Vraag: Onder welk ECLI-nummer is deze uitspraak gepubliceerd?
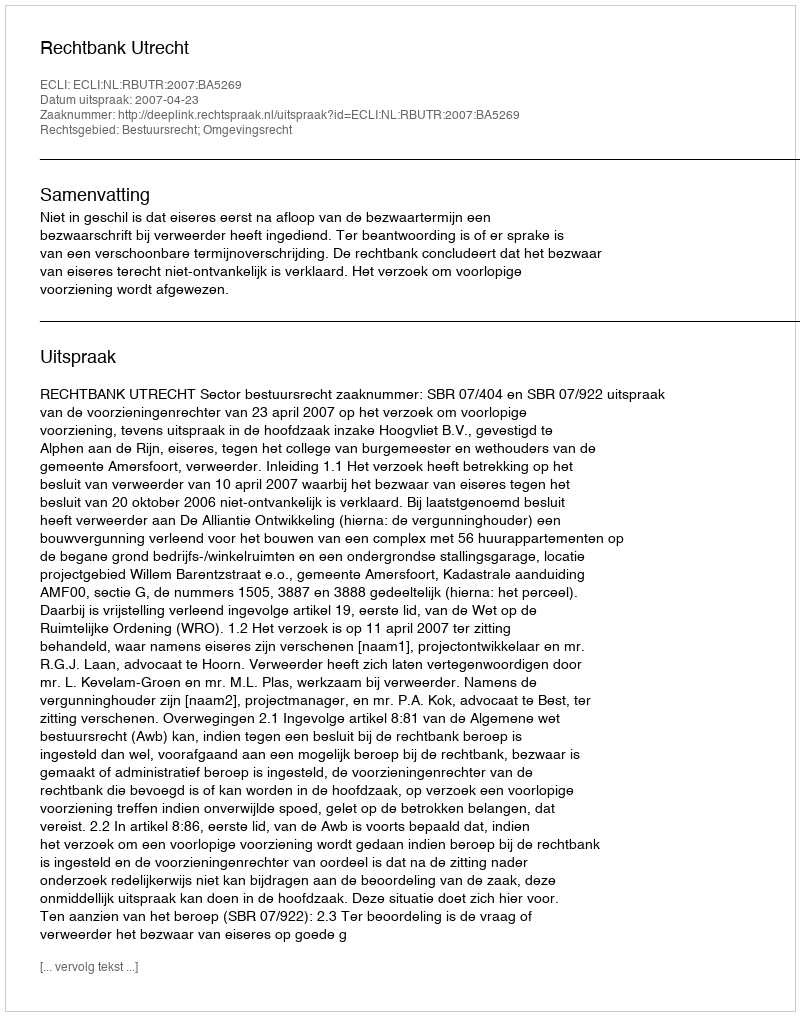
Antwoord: ECLI:NL:RBUTR:2007:BA5269